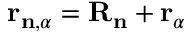
\mathbf { r } _ { \mathbf { n } , \alpha } = \mathbf { R } _ { \mathbf { n } } + \mathbf { r } _ { \alpha }